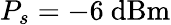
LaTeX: P_{s}=-6~\mathrm{dBm}